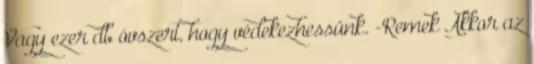
Vagy ezer db óvszert, hogy védekezhessünk. -Remek Akkor az